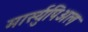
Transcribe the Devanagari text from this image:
मार्स्युपिअल